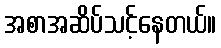
အစာအဆိပ်သင့်နေတယ်။